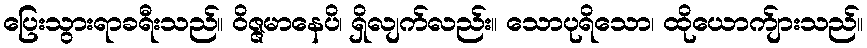
ပြေးသွားရာခရီးသည်။ ဝိဇ္ဇမာနေပိ၊ ရှိလျက်လည်း။ သောပုရိသော၊ ထိုယောက်ျားသည်။